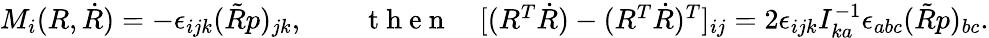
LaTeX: \begin{array}{r}{M_{i}(R,\dot{R})=-\epsilon_{ijk}(\tilde{R}p)_{jk},\qquad\mathrm{~t~h~e~n~}\quad[(R^{T}\dot{R})-(R^{T}\dot{R})^{T}]_{ij}=2\epsilon_{ijk}I_{ka}^{-1}\epsilon_{abc}(\tilde{R}p)_{bc}.}\end{array}